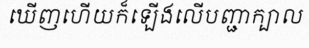
ឃើញហើយក៏ឡើងលើបញ្ជាក្បាល